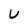
Character: U